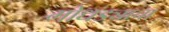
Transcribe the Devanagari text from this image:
गोधड्याचा